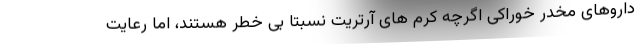
داروهای مخدر خوراکی اگرچه کرم های آرتریت نسبتا بی خطر هستند، اما رعایت